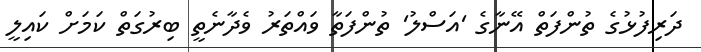
ދަރިފުޅުގެ ތުންފަތް އޭނާގެ 'އަސްލު' ތުންފަތާ ވައްތަރު ވެދާނެތީ ބިރުގަތް ކަމަށް ކައިލީ